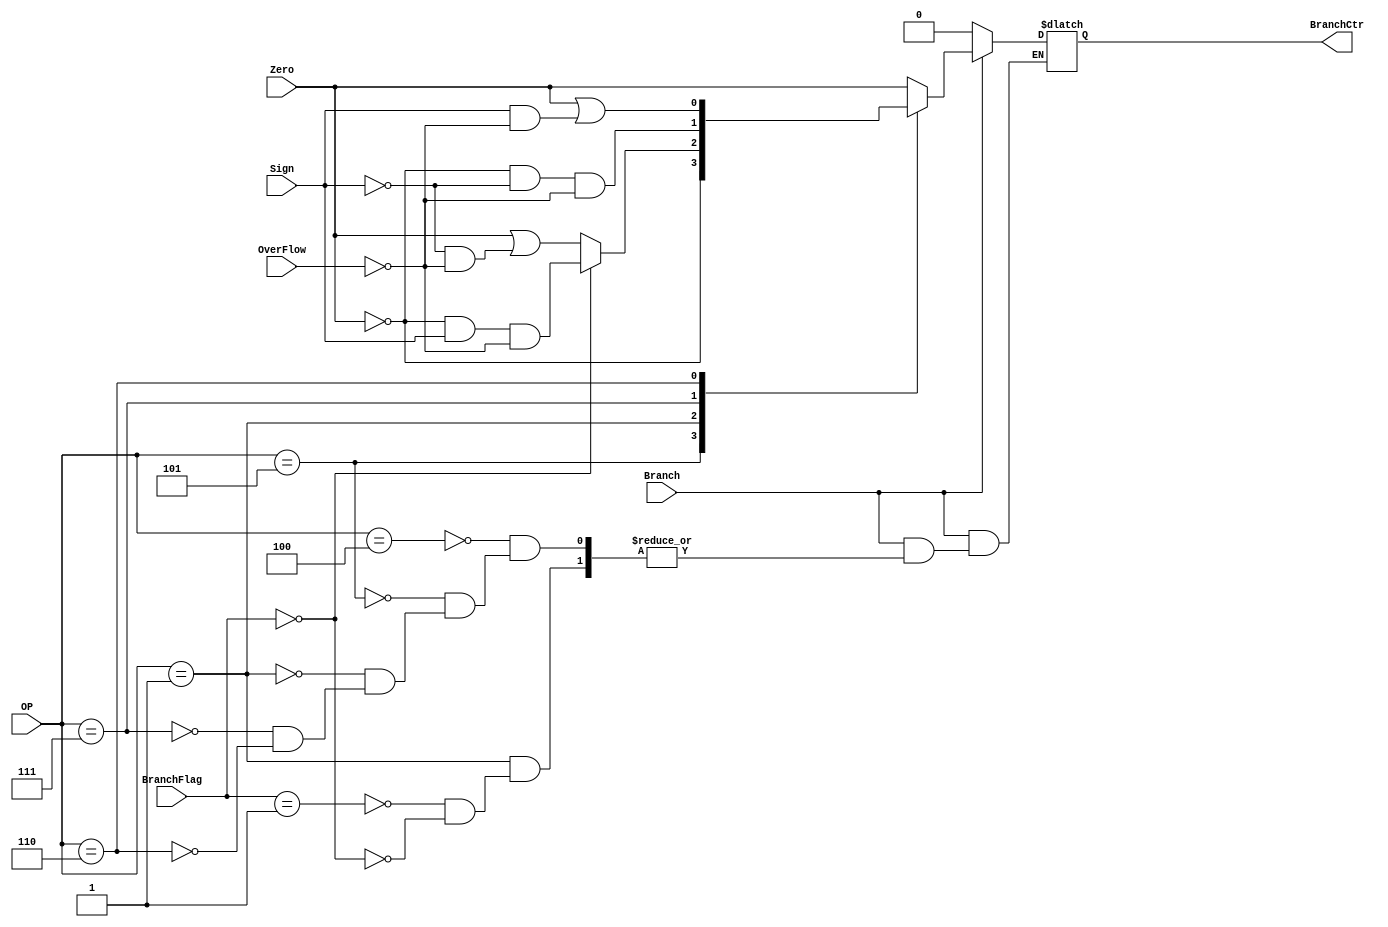
module Branch_Control_Unit_206(input Branch,            ///
                               input Zero,              //
                               input Sign,              //
                               input OverFlow,          //
                               input[6-1:0] OP,         //OP
                               input[5-1:0] BranchFlag, //
                               output reg BranchCtr);       //
    always @(*) begin
        if(Branch == 1'b1)begin
            case (OP)
                6'b000100:begin // beq:branch a=b
                    BranchCtr <= Zero;
                end
                6'b000101:begin//  bne:branch a!=b
                    BranchCtr <= ~Zero;
                end
                6'b000001:begin 
                    case(BranchFlag)
                        5'b00001:begin // bgez:branch >=0
                            BranchCtr <= Zero || (~Sign && ~OverFlow);
                        end
                        5'b00000:begin // bltz:branch < 0
                            BranchCtr <= ~Zero && Sign && ~OverFlow;
                        end
                    endcase
                end
                6'b000111:begin // bgtz:branch >0
                    BranchCtr <= ~Zero && ~Sign && ~OverFlow;
                end
                6'b000110:begin // blez:branch <=0
                    BranchCtr = Zero || (Sign && ~OverFlow);
                end
                
            endcase
        end
        else begin
            BranchCtr <= 0;
        end
    end
endmodule